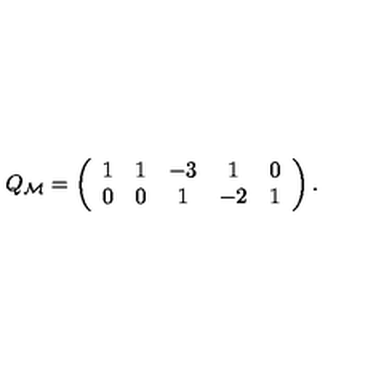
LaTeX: Q _ { \cal M } = \left( \begin{array} { c c c c c } { 1 } & { 1 } & { - 3 } & { 1 } & { 0 } \\ { 0 } & { 0 } & { 1 } & { - 2 } & { 1 } \\ \end{array} \right) .